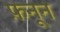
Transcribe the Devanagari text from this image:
फ़नून